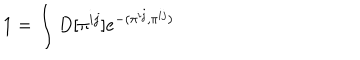
1 = \int D [ \pi ^ { i j } ] e ^ { - ( \pi ^ { i j } , \pi ^ { i j } ) }